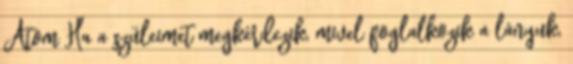
Atom Ha a szüleimet megkérdezik, mivel foglalkozik a lányuk,